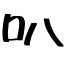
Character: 叭